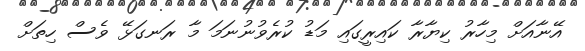
އޭނާއަށް މިހާރު ކިޔާރާ ކައިރީގައި މަޑު ކުރެވުނުނަމަ މާ ރަނގަޅޭ ވެސް ހިތަށް